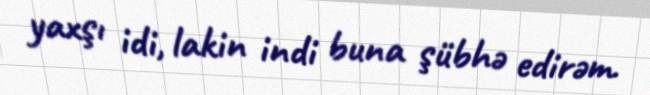
yaxşı idi, lakin indi buna şübhə edirəm.